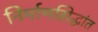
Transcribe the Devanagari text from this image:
निर्माणसिद्धांत